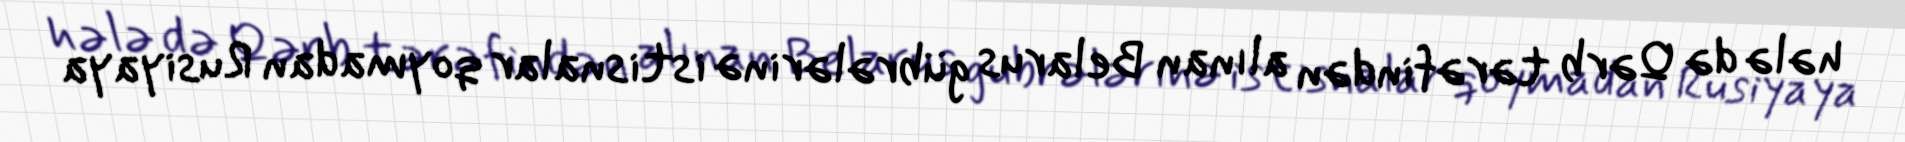
hələ də Qərb tərəfindən alınan Belarus gübrələrinə istisnalar qoymadan Rusiyaya